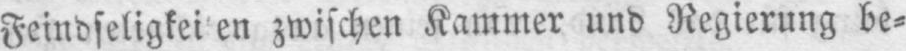
zwischen Kammer und Regierung be⸗